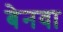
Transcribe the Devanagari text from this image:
बेनवा